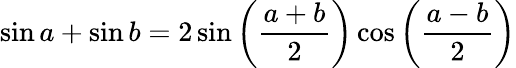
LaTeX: \sin a+\sin b=2\sin\left({\frac{a+b}{2}}\right)\cos\left({\frac{a-b}{2}}\right)